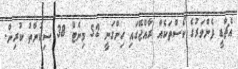
އެޗްޑީ ފެންވަރުގެ ކޯސްތަކެއް ރާއްޖޭގައި ހިންގަނީ 52 މިނެޓް 38 ސިކުންތު ކުރިން.